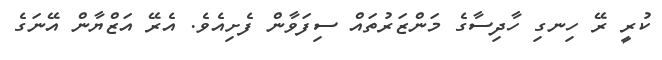
ކުރީ ރޭ ހިނގި ހާދިސާގެ މަންޒަރުތައް ސިފަވާން ފެށިއެވެ. އެރޭ އަޒްޔާން އޭނަގެ